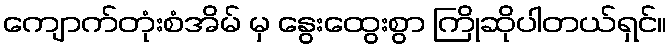
ကျောက်တုံးစံအိမ် မှ နွေးထွေးစွာ ကြိုဆိုပါတယ်ရှင်။